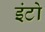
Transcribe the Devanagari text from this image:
इंटो